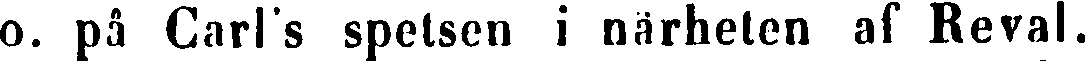
o. på Carl's spetsen i närheten af Reval.